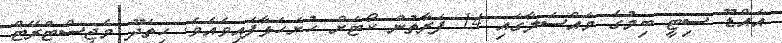
އައްޑޫ ސިޓީ ބިމުގެ މައްސަލާގައި 14 ފަރާތުން ކޯޓަށް ހުށަހަޅާފައިވެއެވެ. ހިތަދޫ މެޖިސްޓްރޭޓް